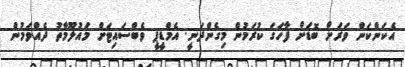
އެކަންކަން ވަރަށް ބޮޑަށް ފާހަގަ ކުރަމުން މިގެންދަނީ. އެމްޑީޕީ ވެބްސައިޓަށް މައުލޫމާތު ދެއްވަމުން